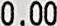
0.00